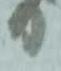
り